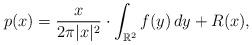
LaTeX: \begin{align*}p(x)=\frac{x}{2\pi|x|^2}\cdot\int_{\mathbb R^2}f(y)\,dy +R(x),\end{align*}